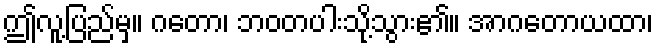
ဤလူ့ပြည်မှ။ ဂတော၊ ဘဝတပါးသို့သွား၏။ အာဂတောယထာ၊